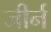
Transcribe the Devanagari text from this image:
जीर्न